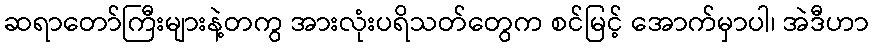
ဆရာတော်ကြီးများနဲ့တကွ အားလုံးပရိသတ်တွေက စင်မြင့် အောက်မှာပါ၊ အဲဒီဟာ